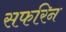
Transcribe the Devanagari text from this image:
सफरिन